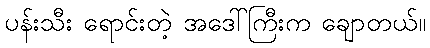
ပန်းသီး ရောင်းတဲ့ အဒေါ်ကြီးက ချောတယ်။